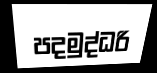
පදමුද්ධරි